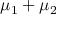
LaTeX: \mu _ { 1 } + \mu _ { 2 }